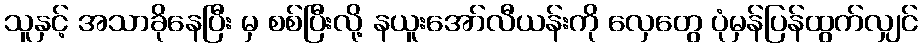
သူနှင့် အသာခိုနေပြီး မှ စစ်ပြီးလို့ နယူးအော်လီယန်းကို လှေတွေ ပုံမှန်ပြန်ထွက်လျှင်